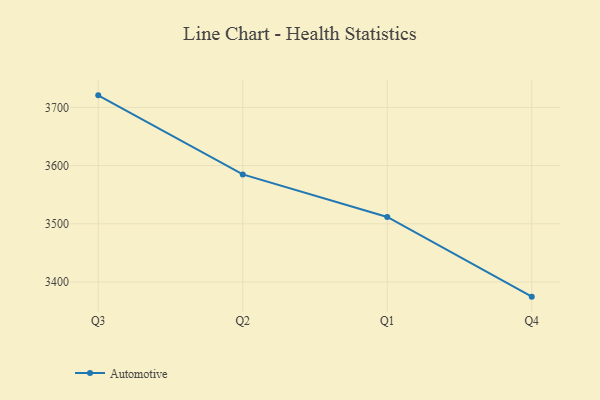
{"axis": {"x": "Quarter", "y": "Revenue (USD Million)"}, "legend": ["Automotive"], "data": [{"x": "Q3", "y": 3720.7, "type": "Automotive"}, {"x": "Q2", "y": 3584.8, "type": "Automotive"}, {"x": "Q1", "y": 3511.7, "type": "Automotive"}, {"x": "Q4", "y": 3374.8, "type": "Automotive"}]}